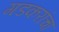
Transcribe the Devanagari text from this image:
गडकरांचा